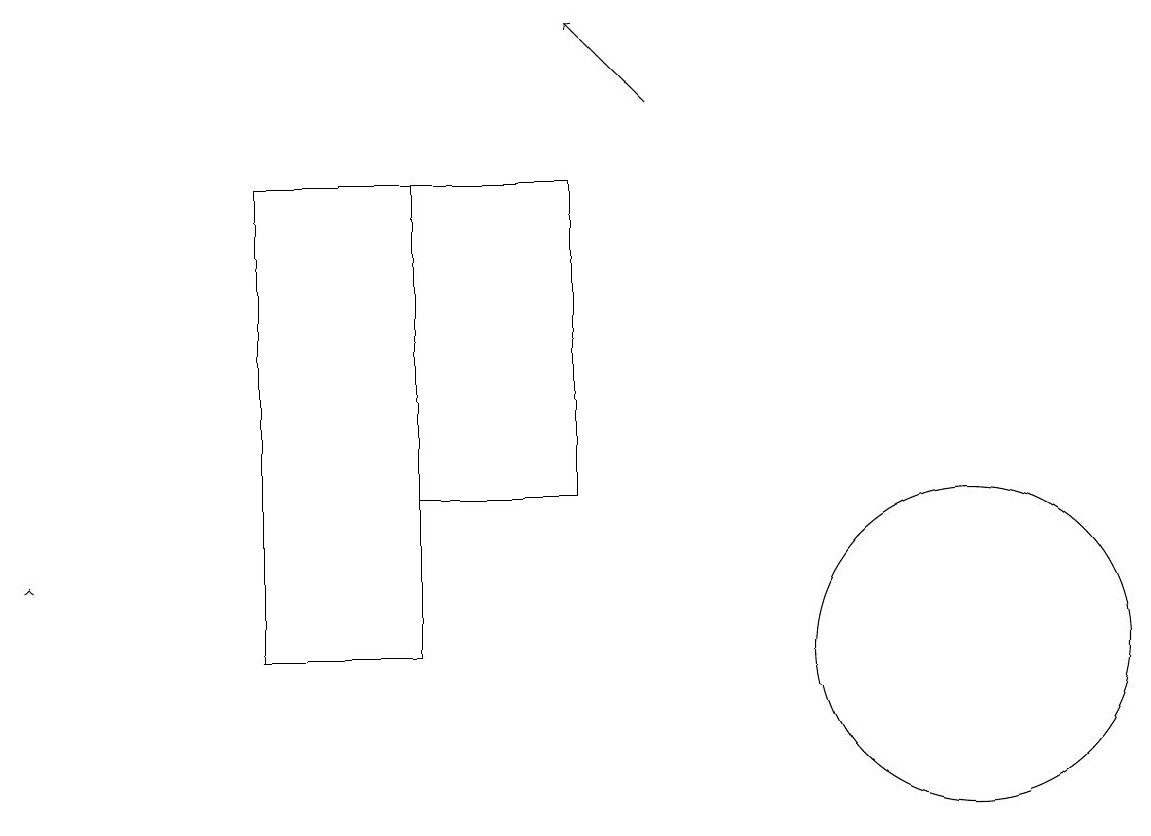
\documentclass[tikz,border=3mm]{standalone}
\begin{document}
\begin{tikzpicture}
\draw (7,12) rectangle (5,16);
\draw (5,10) rectangle (3,16);
\draw[->] (8,17) -- (7,18);
\draw[->] (0,11) -- (0,11);
\draw (12,10) circle (2);
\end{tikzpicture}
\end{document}